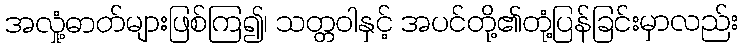
အလှုံ့ဓာတ်များဖြစ်ကြ၍၊ သတ္တဝါနှင့် အပင်တို့၏တုံ့ပြန်ခြင်းမှာလည်း